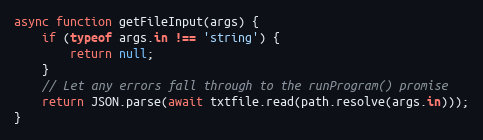
Language: JavaScript
async function getFileInput(args) {
    if (typeof args.in !== 'string') {
        return null;
    }
    // Let any errors fall through to the runProgram() promise
    return JSON.parse(await txtfile.read(path.resolve(args.in)));
}